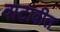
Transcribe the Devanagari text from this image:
वाटावीत